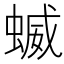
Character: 蝛